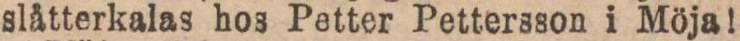
slåtterkalas hos Petter Pettersson i Möja!